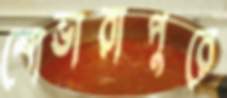
শোভারাপুরে